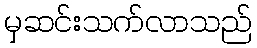
မှဆင်းသက်လာသည်